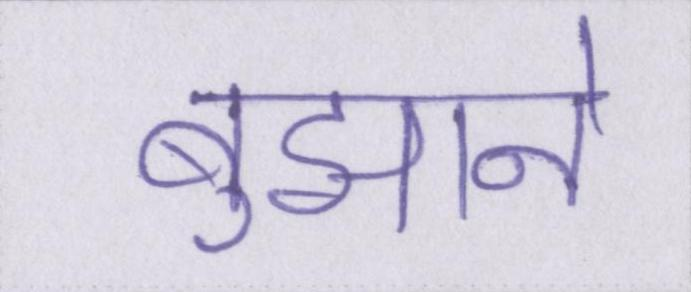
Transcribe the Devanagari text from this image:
बुझाने